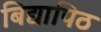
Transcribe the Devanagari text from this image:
बिद्यापिठ